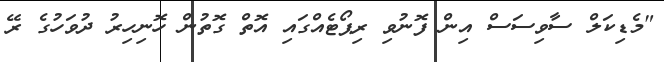
"މެޑިކަލް ސާވިސަސް އިން ފޮނުވި ރިޕޯޓެއްގައި އޮތް ގޮތުން ހޮނިހިރު ދުވަހުގެ ރޭ